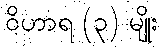
ဝိဟာရ (၃) မျိုး